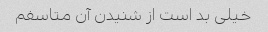
خیلی بد است از شنیدن آن متاسفم